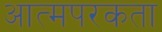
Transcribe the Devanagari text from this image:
आत्मपरकता